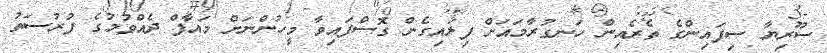
ސޫރިޔާ ސިފައިންގެ ތެރެއިން ހަނގުރާމައަށް ފިލައިގެން ގޮސްފައިވާ މީހުންނަށް މައާފް ދެއްވުމުގެ ފުރުސަތު